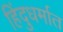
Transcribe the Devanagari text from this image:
हिंदुधर्मात